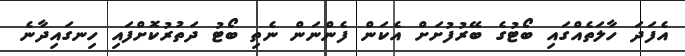
އެފަދަ ހާލަތެއްގައި ބޯޓުގެ ބޭރުފުށަށް އެކަން ފެންނަން ނެތި ބޯޓު ދަތުރުކޮށްފައި ހިނގައިދާނެ